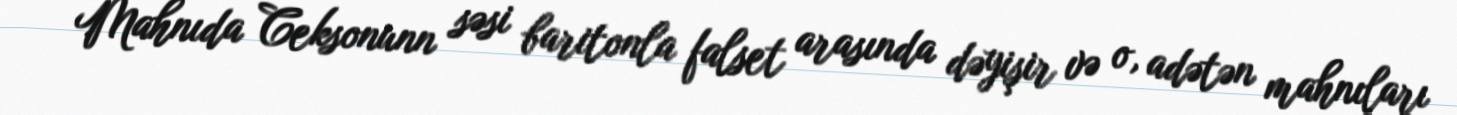
Mahnıda Ceksonunn səsi baritonla falset arasında dəyişir və o, adətən mahnıları